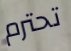
تحترم